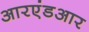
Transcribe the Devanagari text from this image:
आरएंडआर